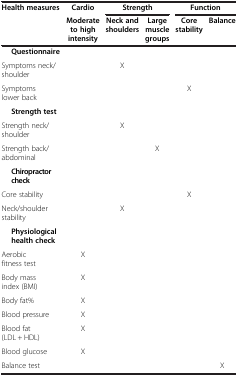
<table><thead><tr><td><b>Health measures</b></td><td><b>Cardio</b></td><td colspan="2"><b>Strength</b></td><td colspan="2"><b>Function</b></td></tr><tr><td><b> </b></td><td><b>Moderate to high intensity</b></td><td><b>Neck and shoulders</b></td><td><b>Large muscle groups</b></td><td><b>Core stability</b></td><td><b>Balance</b></td></tr></thead><tbody><tr><td><b>Questionnaire</b></td><td> </td><td> </td><td> </td><td> </td><td> </td></tr><tr><td>Symptoms neck/shoulder</td><td> </td><td>X</td><td> </td><td> </td><td> </td></tr><tr><td>Symptoms lower back</td><td> </td><td> </td><td> </td><td>X</td><td> </td></tr><tr><td><b>Strength test</b></td><td> </td><td> </td><td> </td><td> </td><td> </td></tr><tr><td>Strength neck/shoulder</td><td> </td><td>X</td><td> </td><td> </td><td> </td></tr><tr><td>Strength back/abdominal</td><td> </td><td> </td><td>X</td><td> </td><td> </td></tr><tr><td><b>Chiropractor check</b></td><td> </td><td> </td><td> </td><td> </td><td> </td></tr><tr><td>Core stability</td><td> </td><td> </td><td> </td><td>X</td><td> </td></tr><tr><td>Neck/shoulder stability</td><td> </td><td>X</td><td> </td><td> </td><td> </td></tr><tr><td><b>Physiological health check</b></td><td> </td><td> </td><td> </td><td> </td><td> </td></tr><tr><td>Aerobic fitness test</td><td>X</td><td> </td><td> </td><td> </td><td> </td></tr><tr><td>Body mass index (BMI)</td><td>X</td><td> </td><td> </td><td> </td><td> </td></tr><tr><td>Body fat%</td><td>X</td><td> </td><td> </td><td> </td><td> </td></tr><tr><td>Blood pressure</td><td>X</td><td> </td><td> </td><td> </td><td> </td></tr><tr><td>Blood fat (LDL + HDL)</td><td>X</td><td> </td><td> </td><td> </td><td> </td></tr><tr><td>Blood glucose</td><td>X</td><td> </td><td> </td><td> </td><td> </td></tr><tr><td>Balance test</td><td> </td><td> </td><td> </td><td> </td><td>X</td></tr></tbody></table>